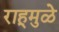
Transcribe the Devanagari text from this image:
राहूमुळे